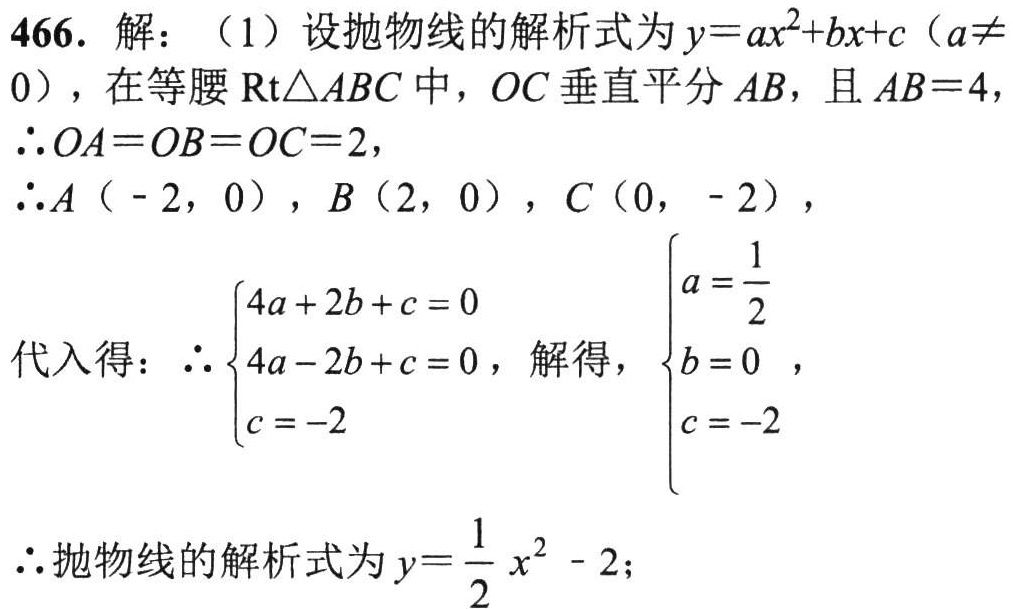
466. 解：（1）设抛物线的解析式为\(y = ax^{2}+bx + c(a\neq0)\)，在等腰\(\text{Rt}\triangle ABC\)中，\(OC\)垂直平分\(AB\)，且\(AB = 4\)，
\(\therefore OA=OB = OC = 2\)，
\(\therefore A(-2,0)\)，\(B(2,0)\)，\(C(0,-2)\)，
代入得：\(\therefore\begin{cases}4a + 2b + c = 0\\4a - 2b + c = 0\\c = - 2\end{cases}\)，解得，\(\begin{cases}a=\dfrac{1}{2}\\b = 0\\c = - 2\end{cases}\)，
\(\therefore\)抛物线的解析式为\(y=\dfrac{1}{2}x^{2}-2\)；